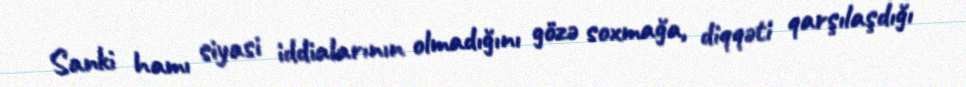
Sanki hamı siyasi iddialarının olmadığını gözə soxmağa, diqqəti qarşılaşdığı